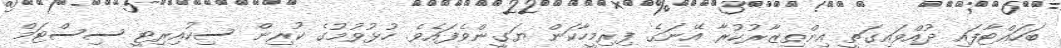
ބަހައްޓާފައި ދުއްވައިގަތީ އިންތިޒާރުކުރާ އޭނަގެ ފިރިމީހާކަން ޔަގީންވެފައެވެ. ހުޅުވުމުގެ ކުރިން ސިކުއިރިޓީ ސިސްޓަމް